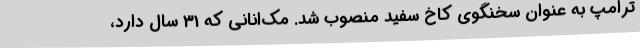
ترامپ به عنوان سخنگوی کاخ سفید منصوب شد. مک‌انانی که 31 سال دارد،